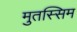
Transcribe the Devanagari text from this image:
मुतस्सिम